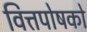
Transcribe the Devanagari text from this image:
वित्तपोषको